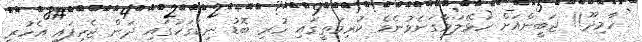
ހާމިދޫ!! ޖަބީންއަށް ހަޅޭލަވާގަނެވުނެވެ ކުރިމަތީގައި ހުރި ބޮޑު ނިކަގަހުގައި ދަން ޖެހިފައި އެހުރީ